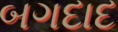
બગદાદ